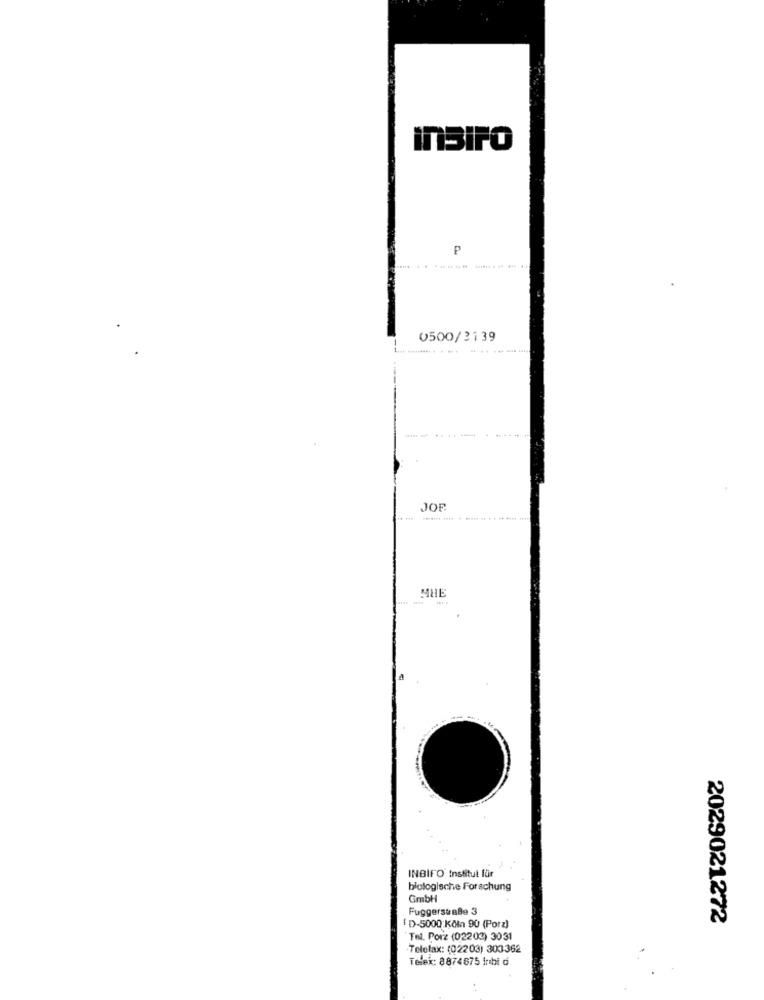
InSiPO
P
.......
0500/2139
JOR
MHE
INBIFO Institut für
biologische Forschung
GmbH
Fuggerstraße 3
2029021272
[ D-5000 KčIn 90 (Porz)
Tel. Porz (02203) 3031
Telefax: (02203) 303362
Telek: 8874675 Inbi d